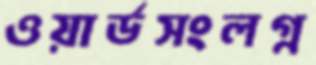
ওয়ার্ডসংলগ্ন